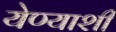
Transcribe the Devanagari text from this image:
येण्याशी